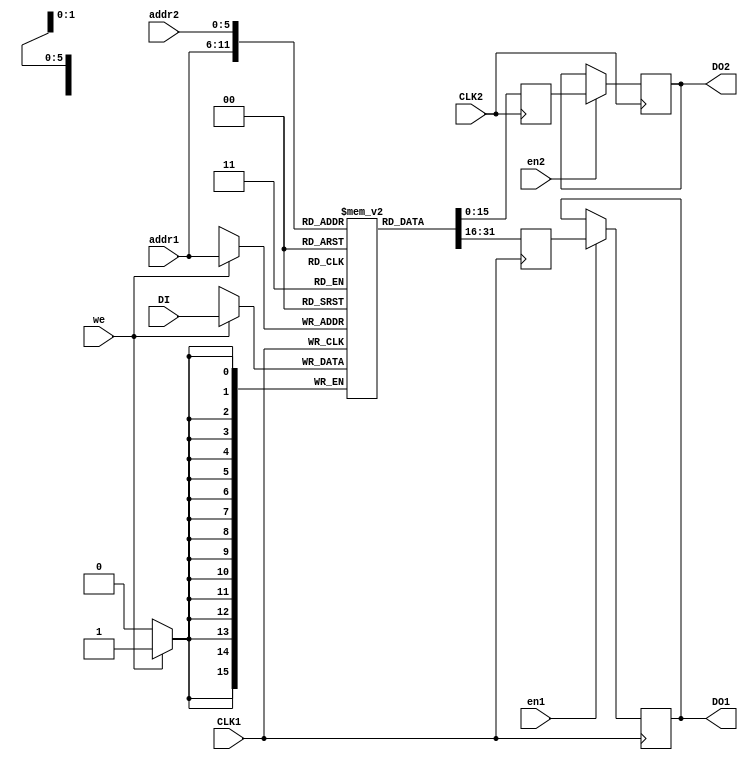
`timescale 1ns / 1ps

module blockRAM_optionalOutputReg(
    input CLK1,
    input CLK2,
    input we,
    input en1,
    input en2,
    input [5:0] addr1,
    input [5:0] addr2,
    input [15:0] DI,
    output reg [15:0] DO1,
    output reg [15:0] DO2
    );
	 
	 reg [15:0] RAM [63:0];
	 reg [15:0] temp1, temp2;
	 
	 
	 /* Initialize RAM
	 initial begin
		RAM[63] = 16'b0000000000000000;
		RAM[62] = 16'b0010000000000000;
		RAM[61] = 16'b0000000001000000;
		RAM[60] = 16'b0000010000000000;
		.
		.
		.
		RAM[0] = 16'b0010000000000000;
	 end
	 */
	 
	 /* Initialize RAM using For
		integer i;
		initial begin
			for (i = 0; i <= 63; i = i + 1)
				RAM[i] = 16'd0;
		end
	 
	 */
	 
	 /* Initialize RAM From External File
		initial begin
			$readmemb("test.data", RAM, 0, 63);
		end
	 */
	 
	 always @ (posedge CLK1) begin
		if(we)
			RAM[addr1] <= DI;
		temp1 <= RAM[addr1];
	 end
	 
	 always @ (posedge CLK1) begin
		if (en1)
			DO1 <= temp1;
	 end
	 
	 always @ (posedge CLK2) begin
		temp2 <= RAM[addr2];
	 end
	 
	 always @ (posedge CLK2) begin
		if (en2)
			DO2 <= temp2;
	 end

endmodule